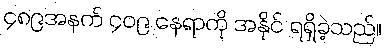
၄၈၉အနက် ၄၀၉ နေရာကို အနိုင် ရရှိခဲ့သည်။